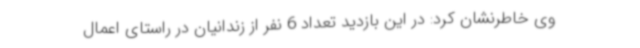
وی خاطرنشان کرد: در این بازدید تعداد 6 نفر از زندانیان در راستای اعمال